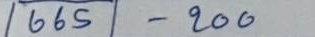
665 - 200